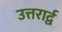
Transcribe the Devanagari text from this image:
उत्तरार्द्व